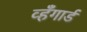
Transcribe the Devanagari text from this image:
व्हँगार्ड